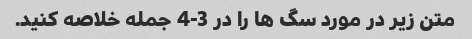
متن زیر در مورد سگ ها را در 3-4 جمله خلاصه کنید.